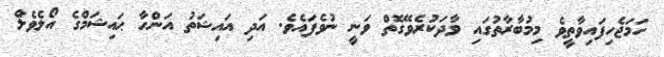
ހަމަޖެހިފައިވާތީވެ މިމުބާރާތުގައި ވާދަކުރެވޭގޮތް ވަނީ ނުވެފައެވެ. އަދި އައިޝަތު އަންހާ ޙައިޝަމްގެ އޯލެވެލް